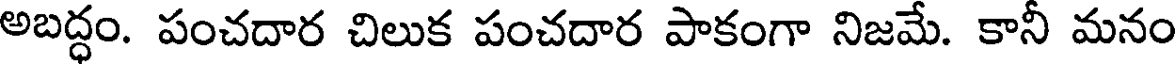
అబద్ధం. పంచదార చిలుక పంచదార పాకంగా నిజమే. కానీ మనం